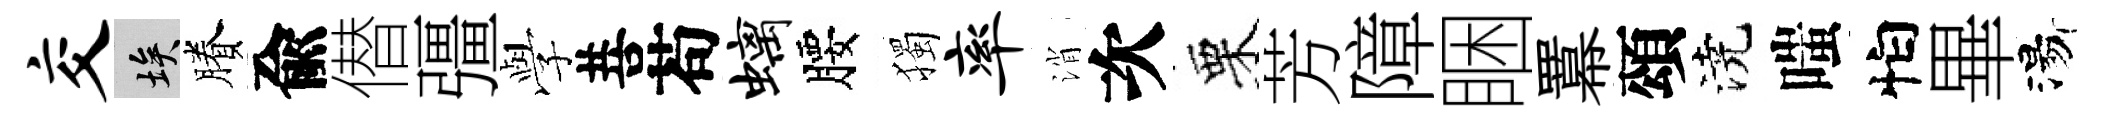
交埃賸兪僣彊𫝯菩苟螭腰獨率消次栗芳障睏羃頌澆嗤怕畢湯